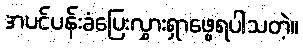
အပင်ပန်းခံပြေးလွှားရှာဖွေရပါသတဲ့။